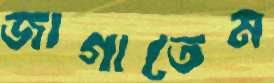
জাগাতেম